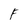
Character: F